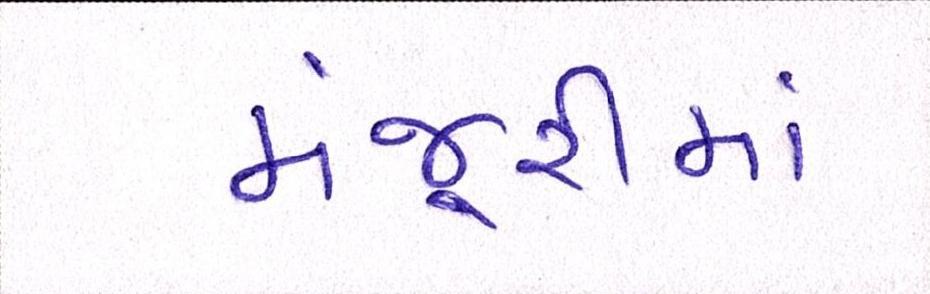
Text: મંજૂરીમાં